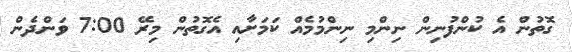
ގޮތުން އެ ކުންފުނިން ނިންމި ނިންމުމެއް ކަމަށާއި އެގޮތުން މިރޭ 7:00 ވަންދެން